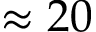
\approx 2 0